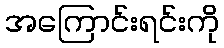
အကြောင်းရင်းကို